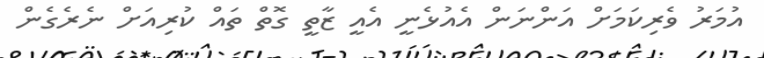
އުމަރު ވެރިކަމަށް އަންނަން އެއުޅެނީ އެއީ ޒާތީ ގޮތް ތައް ކުރިއަށް ނެރެގެން